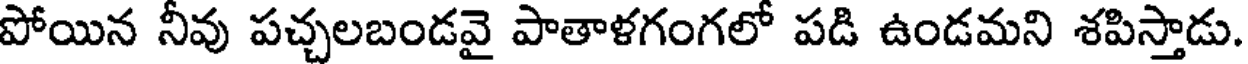
పోయిన నీవు పచ్చలబండవై పాతాళగంగలో పడి ఉండమని శపిస్తాడు.